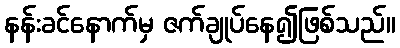
နန်းခင်နောက်မှ ဇက်ချုပ်နေ၍ဖြစ်သည်။